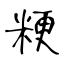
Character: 粳